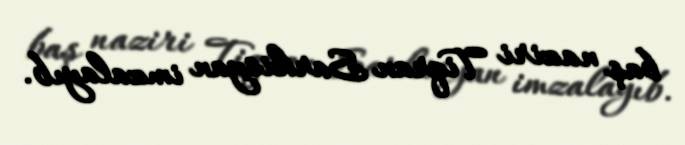
baş naziri Tiqran Sarkisyan imzalayıb.